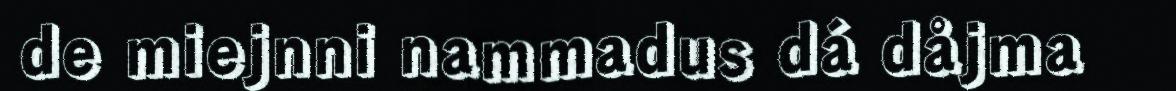
de miejnni nammadus dá dåjma